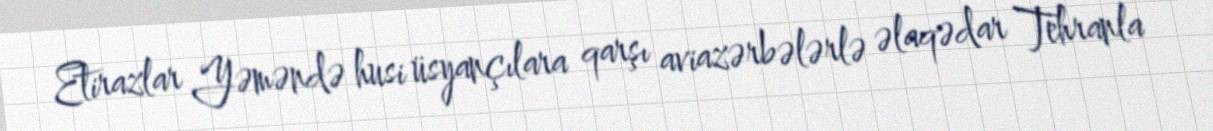
Etirazlar Yəməndə husi üsyançılara qarşı aviazərbələrlə əlaqədar Tehranla